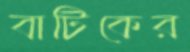
বাটিকের